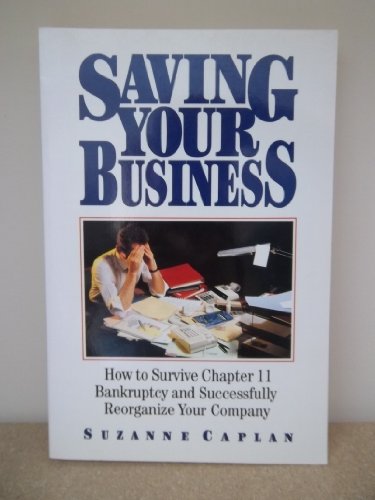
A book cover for Saving Your Business: How to Survive Chapter 11 Bankruptcy and Successfully Reorganize Your Company; Suzanne Caplan; Business & Money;